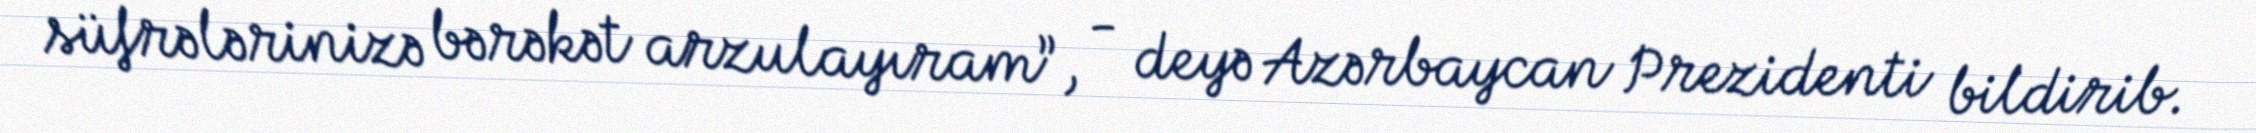
süfrələrinizə bərəkət arzulayıram”, - deyə Azərbaycan Prezidenti bildirib.